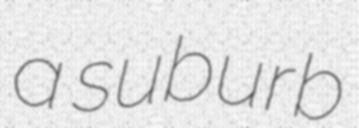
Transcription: a suburb